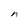
Character: n